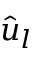
\hat { u } _ { l }